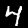
Digit: 4